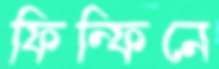
ফিন্‌ফিনে